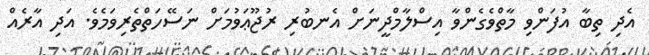
އެދި ތިބާ އުފަންވި މާތްވެގެންވާ އިސްލާމްދީނަށް އެނބުރި ރުޖޫޢަވުމަށް ނަސޭހަތްތެރިވަމެވެ. އަދި އާރެއް